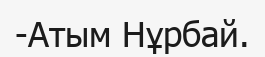
-Атым Нұрбай.